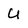
Character: U